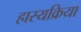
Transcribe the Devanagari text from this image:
हास्यक्रिया